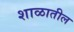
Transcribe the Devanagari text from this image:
शाळातील